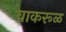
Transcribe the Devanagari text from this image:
वाकरूळ